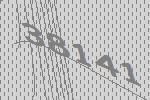
38141